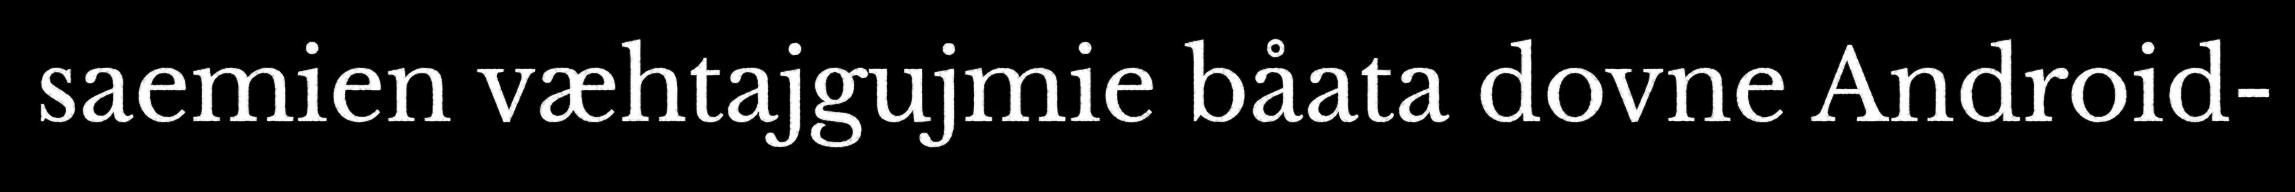
saemien væhtajgujmie båata dovne Android-